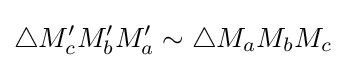
\triangle M_{c}^{\prime }M_{b}^{\prime }M_{a}^{\prime }\sim \triangle M_{a}M_{b}M_{c}